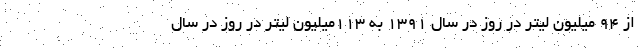
از ۹۴ میلیون لیتر در روز در سال ۱۳۹۱ به ۱۱۳میلیون لیتر در روز در سال